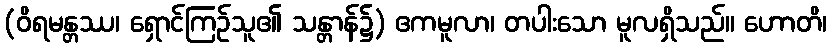
(ဝိရမန္တဿ၊ ရှောင်ကြဉ်သူ၏ သန္တာန်၌) ဧကမူလာ၊ တပါးသော မူလရှိသည်။ ဟောတိ၊